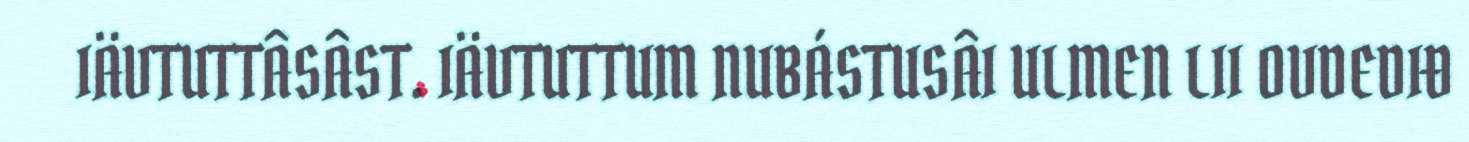
IÄVTUTTÂSÂST. IÄVTUTTUM NUBÁSTUSÂI ULMEN LII OVDEDIĐ